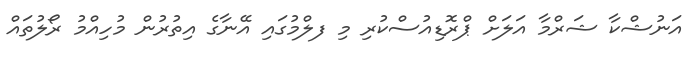
އަނުޝްކާ ޝަރްމާ އަލަށް ޕްރޮޑިއުސްކުރި މި ފލްމުގައި އޭނާގެ އިތުރުން މުހިއްމު ރޯލުތައް